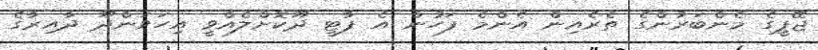
ޖޭޕީގެ މެންބަރުންގެ ތެރެއިން އެންމެ ފަހުން އެ ޕާޓީ ދޫކޮށްލެއްވީ އިހަވަންދޫ ދާއިރާގެ